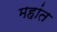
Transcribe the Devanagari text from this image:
महांत